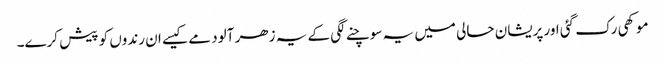
موکھی رک گئی اور پریشان حالی میں یہ سوچنے لگی کے یہ زھر آلود مے کیسے ان رندوں کو پیش کرے۔